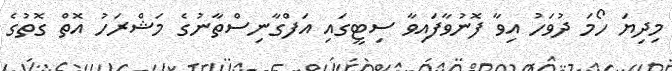
މިދިޔަ ހޯމަ ދުވަހު އިވާ ފޮނުވާފައިވާ ސިޓީގައި އަފްގާނިސްތާނުގެ މަޝްރަހު އޮތް ގޮތުގެ